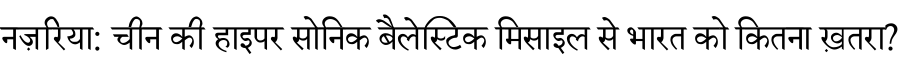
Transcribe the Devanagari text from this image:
नज़रिया: चीन की हाइपर सोनिक बैलेस्टिक मिसाइल से भारत को कितना ख़तरा?